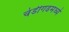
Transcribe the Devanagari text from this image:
चंडीगढमध्ये